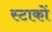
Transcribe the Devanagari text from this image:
स्टाकों